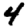
Digit: 4